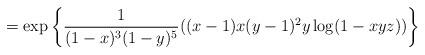
LaTeX: \begin{align*} = \exp\left\{ \frac{1}{(1-x)^3(1-y)^5} ((x-1)x(y - 1)^2y \log(1-xyz)) \right\}\end{align*}